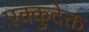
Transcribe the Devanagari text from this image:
एक्कुदेक्त